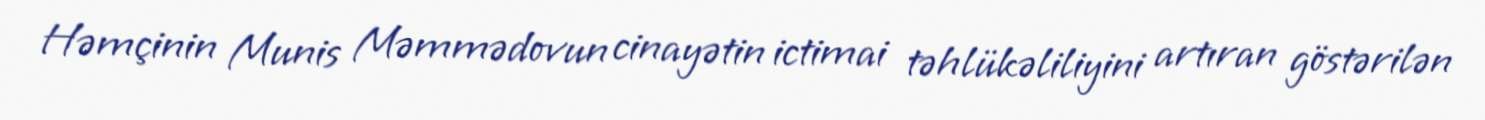
Həmçinin Munis Məmmədovun cinayətin ictimai təhlükəliliyini artıran göstərilən